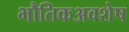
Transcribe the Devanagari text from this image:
भौतिकअवशेष